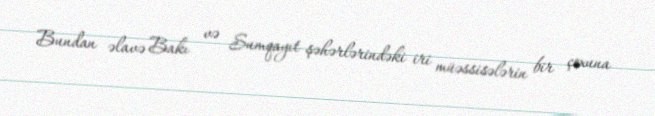
Bundan əlavə Bakı və Sumqayıt şəhərlərindəki iri müəssisələrin bir çoxuna